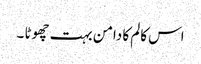
اس کالم کا دامن بہت چھوٹا ۔